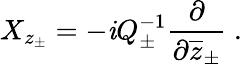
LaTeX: X_{z_{\pm}}=-\mathit{i}Q_{\pm}^{-1}\displaystyle\frac{{\partial}}{{\partial\overline{{{{z}}}}_{\pm}}}~.